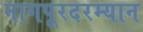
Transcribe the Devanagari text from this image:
नागपूरदरम्यान